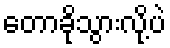
တောခိုသွားလို့ပဲ